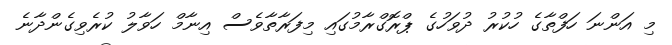
މި އަންނަ ހަފްތާގެ ހުކުރު ދުވަހުގެ ޕްރޮގްރާމުގައި މިފަރާތާވެސް އިނާމް ހަވާލު ކުރެވިގެންދާނެ